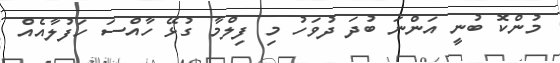
މުންކޮ ބުނީ އަންނަ ބުދަ ދުވަހު މި ފިލްމާ ގުޅޭ ހާއްސަ ހަފުލާއެއް